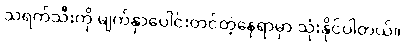
သရက်သီးကို မျက်နှာပေါင်းတင်တဲ့နေရာမှာ သုံးနိုင်ပါတယ်။